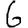
Digit: 6